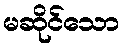
မဆိုင်သော